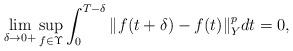
LaTeX: \begin{align*}\lim_{\delta\rightarrow 0+} \sup_{f\in\Upsilon} \int_0^{T-\delta} \Vert f(t+\delta) - f(t) \Vert_Y^p dt = 0 ,\end{align*}